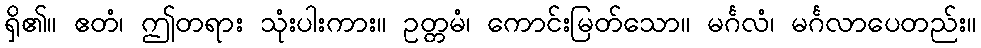
ရှိ၏။ ဧတံ၊ ဤတရား သုံးပါးကား။ ဥတ္တမံ၊ ကောင်းမြတ်သော။ မင်္ဂလံ၊ မင်္ဂလာပေတည်း။